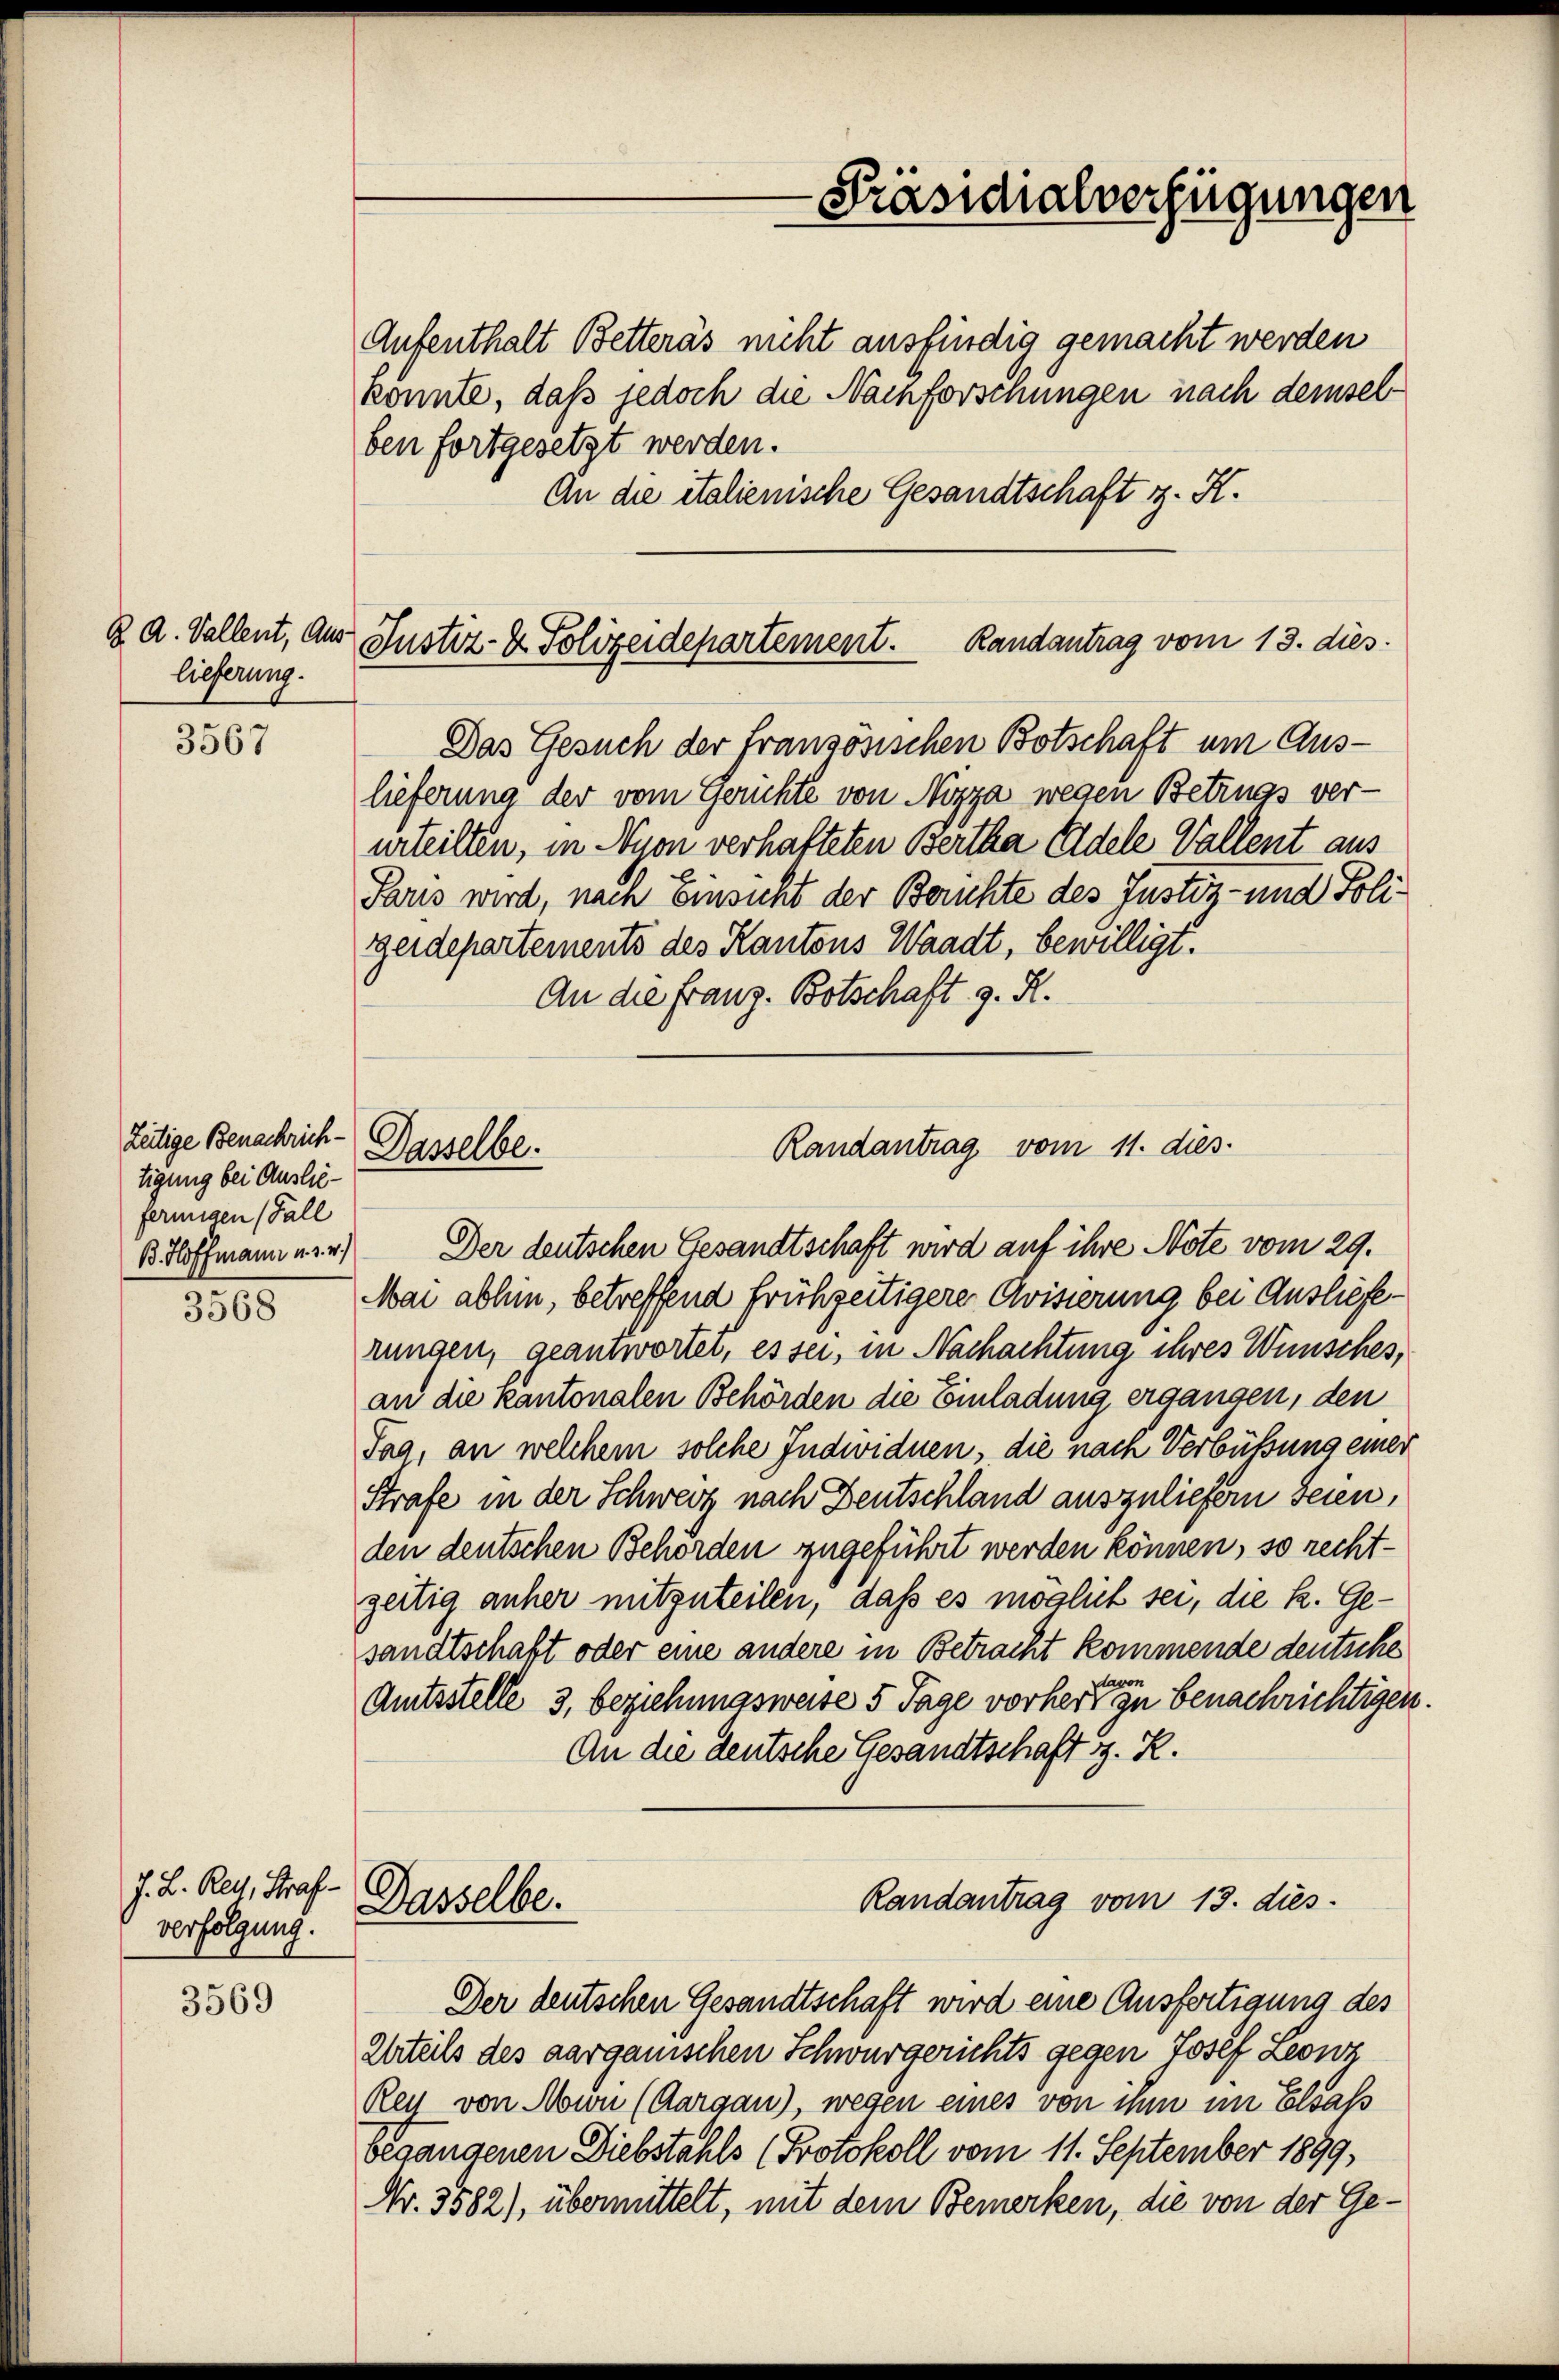
B. A. Vallent, Aus
lieferung.

3567

3568

J. L. Res, Straf
verfolgung.

3569

Aufenthalt Betteras nicht ausfindig gemacht werden
konnte, daß jedoch die Nachforschungen nach demselben fortgesetzt werden.
An die italienische Gesandtschaft z. K.

Zeitige Benachrich-
tigung bei Ausliefermigen (Fall
B. Hoffmann u. s. w.)

-Präsidialverfügungen

Justiz- & Polizeidepartement. Randantrag vom 13. dies

Das Gesuch der französischen Botschaft um Auslieferung der vom Gerichte von Nizza wegen Betrugs verurteilten, in Nyon verhafteten Bertha Edele Vallent aus
Paris wird, nam Einsicht der Berichte des Justiz- und Poligeidepartements des Kantons Waadt, bewilligt.
An die Franz. Botschaft z. R.

Dasselbe.

Randantrag vom 11. dies

Der deutschen Gesandtschaft wird auf ihre Note vom 29.
Mai abhin, betreffend frühzeitigere Avisierung bei Auslieferungen, geantwortet, es sei, in Nachachtung ihres Wünsches,
an die Kantonalen Behörden die Einladung ergangen, den
Tag, an welchem solche Individuen, die nach Verbüßung einer
Strafe in der Schwerz nach Deutschland auszuliefern seien,
den deutschen Behörden zugeführt werden können, so rechtzeitig anher mitzuteilen, daß es möglich sei, die k. Gesandtschaft oder eine andere in Betracht kommende deutsche
Amtsstelle 3, beziehungsweise 5 Tage vorher eigen benachrichtigen.
An die deutsche Gesandtschaft z. R.
Randantrag vom 13. dies
Dasselbe.
Der deutschen Gesandtschaft wird eine Ausfertigung des
Urteils des aargauischen Schwurgerichts gegen Josef Leonz
Reit von Moin (Aargau), wegen eines von ihm im Elsass
begangenen Diebstahls (Protokoll vom 11. September 1899,
Nr. 3582), übermittelt, mit dem Bemerken, die von der Ge¬